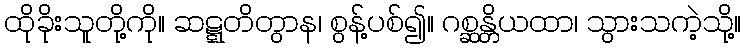
ထိုခိုးသူတို့ကို။ ဆဋ္ဋတိတွာန၊ စွန့်ပစ်၍။ ဂစ္ဆန္တိယထာ၊ သွားသကဲ့သို့။